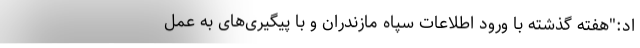
اد:"هفته گذشته با ورود اطلاعات سپاه مازندران و با پیگیری‌های به عمل